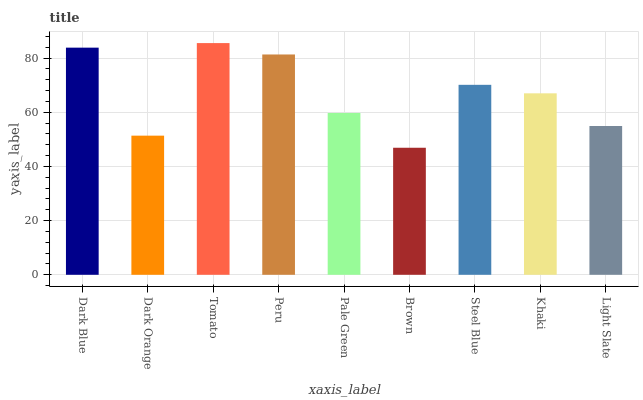
| xaxis_label | bars |
 | --- | --- |
 | Dark Blue | 83.9 |
 | Dark Orange | 51.4 |
 | Tomato | 85.5 |
 | Peru | 81.3 |
 | Pale Green | 59.8 |
 | Brown | 46.9 |
 | Steel Blue | 70.1 |
 | Khaki | 67 |
 | Light Slate | 54.9 |